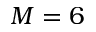
M = 6